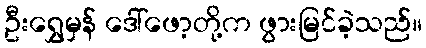
ဦးရွှေမှန် ဒေါ်ဖော့တို့က ဖွားမြင်ခဲ့သည်။